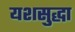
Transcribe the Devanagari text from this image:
यशसुद्धा